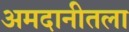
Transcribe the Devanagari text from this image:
अमदानीतला